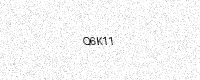
Text: Q6K11